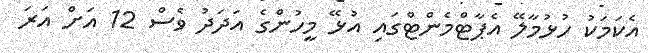
އެކަމަކު ހުޅުމާލޭ އެޕާޓްމެންޓްގައި އުޅޭ މީހުންގެ އަދަދު ވެސް 12 އަށް އަރަ